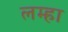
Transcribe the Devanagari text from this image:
लम्हा